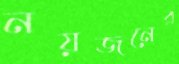
নয়জনের